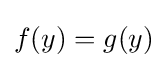
f(y)=g(y)